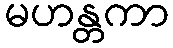
မဟန္တကာ